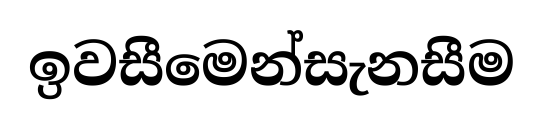
ඉවසීමෙන්සැනසීම